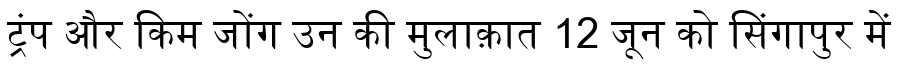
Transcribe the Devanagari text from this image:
ट्रंप और किम जोंग उन की मुलाक़ात 12 जून को सिंगापुर में